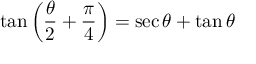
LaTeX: \tan \left( { \frac { \theta } { 2 } } + { \frac { \pi } { 4 } } \right) = \sec \theta + \tan \theta